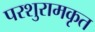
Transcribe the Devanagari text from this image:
परशुरामकृत